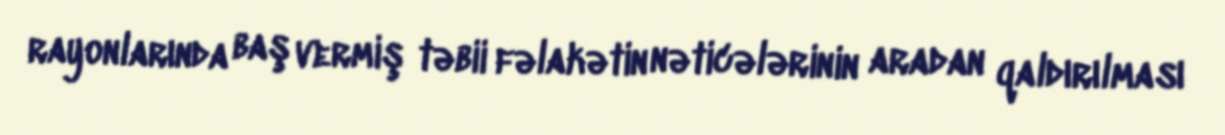
rayonlarında baş vermiş təbii fəlakətin nəticələrinin aradan qaldırılması